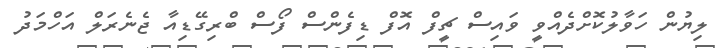
ލިޔުން ހަވާލުކޮށްދެއްވީ ވައިސް ޗީފް އޮފް ޑިފެންސް ފޯސް ބްރިގޭޑިއާ ޖެނެރަލް އަހްމަދު